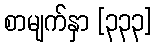
စာမျက်နှာ [၃၃၃]